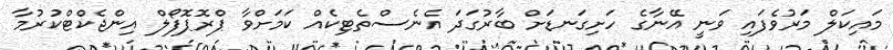
މައިކަލް މަރުވެފައި ވަނީ އޭނާގެ ހަށިގަނޑަށް ބާރުގަދަ އެނެސްތެޓިކެއް ކަމަށްވާ ޕްރޮޕޮފޯލް އިންޖެކްޓްކުރުމާ